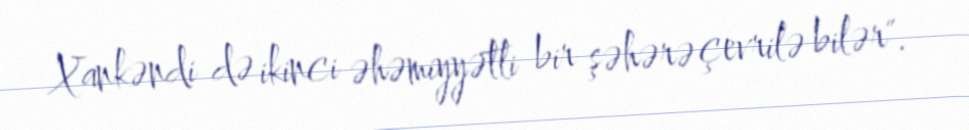
Xankəndi də ikinci əhəmiyyətli bir şəhərə çevrilə bilər".